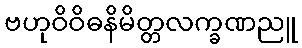
ဗဟုဝိဝိဓနိမိတ္တလက္ခဏညူ